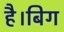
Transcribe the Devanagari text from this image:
है।बिग